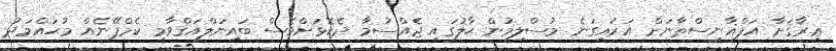
ޢިރާޤަށާ އަފްޣާނިސްތާނަށް އަރައިގަނެ މުސްލިމުން ޙާލުގައި ޖެއްސުމާ ދެކޮޅަށްވެސް ބައިނަލްއަޤްވާމީ ކެމްޕޭނެއް މުޙައްމަދު